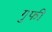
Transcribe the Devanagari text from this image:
गुफी